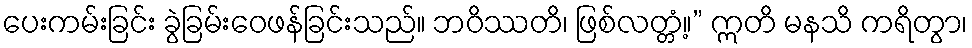
ပေးကမ်းခြင်း ခွဲခြမ်းဝေဖန်ခြင်းသည်။ ဘဝိဿတိ၊ ဖြစ်လတ္တံ့။” ဣတိ မနသိ ကရိတွာ၊